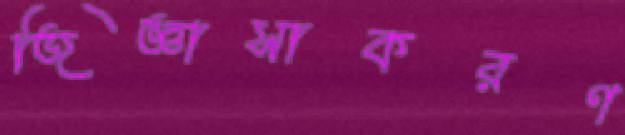
জিজ্ঞাসাকরণ